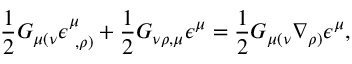
\frac { 1 } { 2 } G _ { \mu ( \nu } \epsilon _ { ~ , \rho ) } ^ { \mu } + \frac { 1 } { 2 } G _ { \nu \rho , \mu } \epsilon ^ { \mu } = \frac { 1 } { 2 } G _ { \mu ( \nu } \nabla _ { \rho ) } \epsilon ^ { \mu } ,